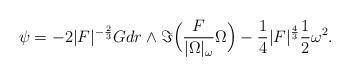
LaTeX: \begin{align*} \psi = -2|F|^{-\frac{2}{3}} G dr \wedge \Im \Big(\frac{F}{|\Omega|_\omega} \Omega \Big) - \frac{1}{4} |F|^\frac{4}{3} \frac{1}{2} \omega^2.\end{align*}